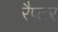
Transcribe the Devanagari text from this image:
रैप्‍टर